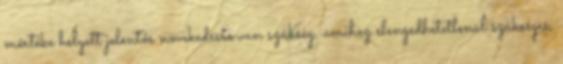
mértéke helyett jelentős növekedésre van szükség, amihez elengedhetetlenül szükséges,